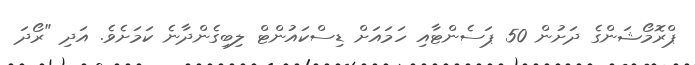
ޕްރޮމޯޝަންގެ ދަށުން 50 ޕަސެންޓާއި ހަމައަށް ޑިސްކައުންޓް ލިބިގެންދާނެ ކަމަށެވެ. އަދި "ރޯދަ